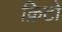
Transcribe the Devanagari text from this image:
क्रिटो